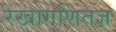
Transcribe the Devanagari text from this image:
रेखागणितज्ञ